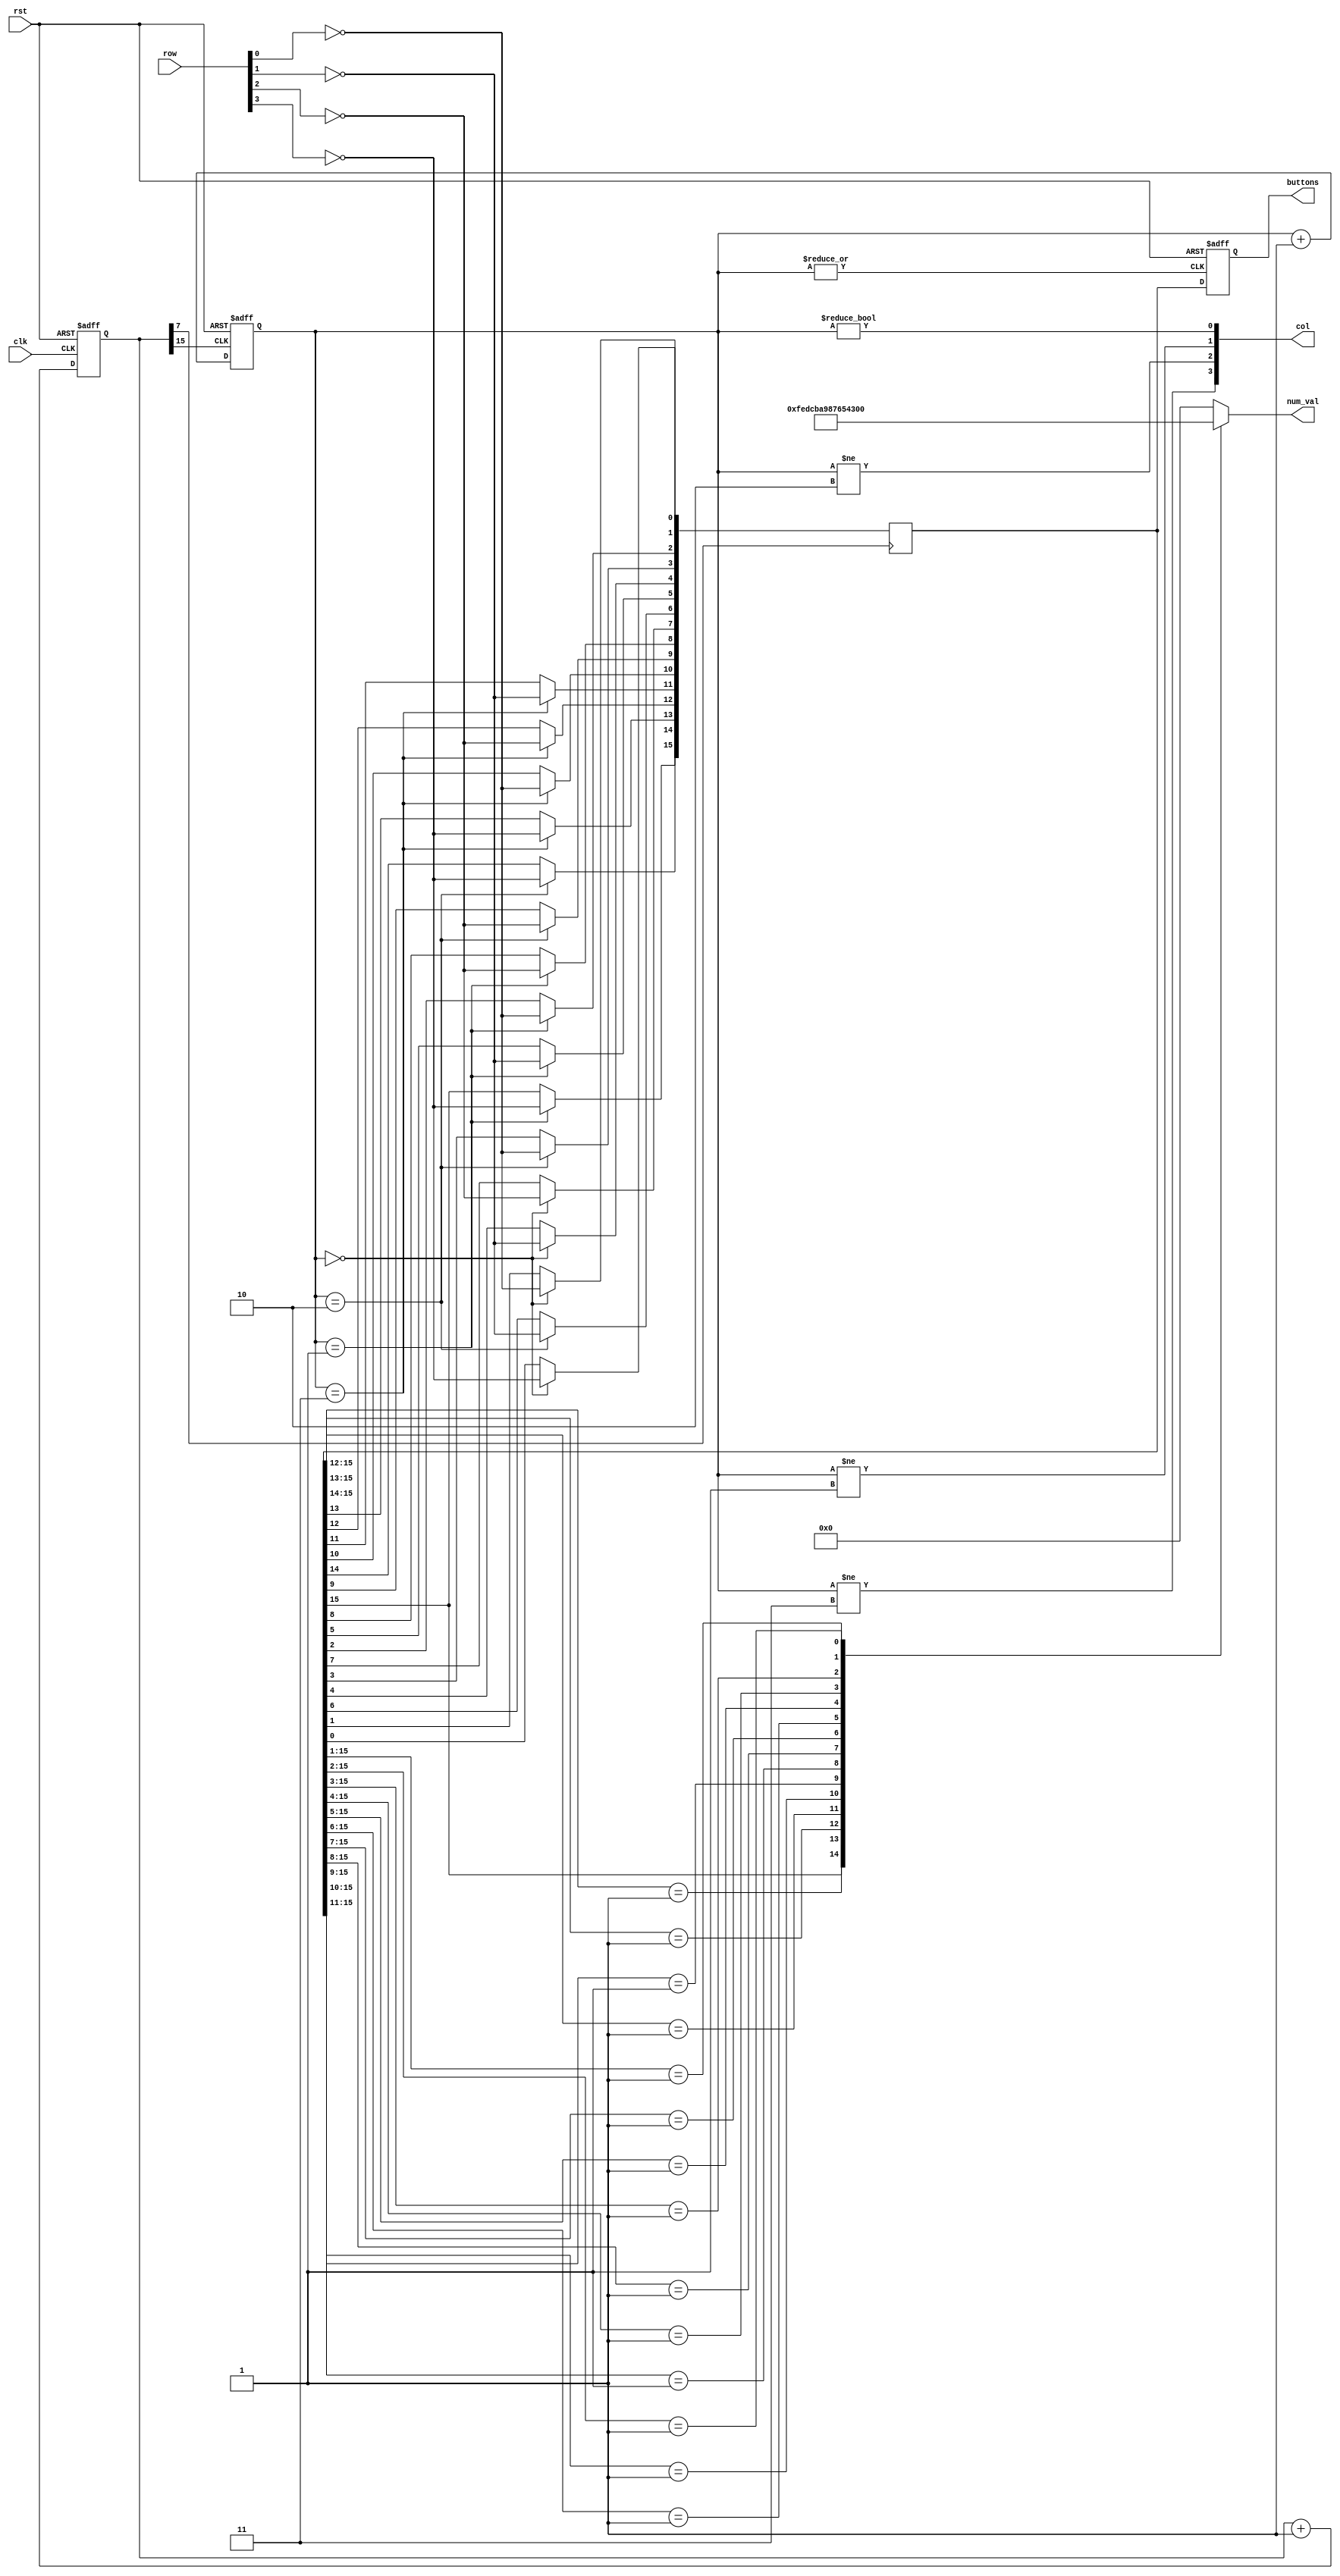
/* ------------------------------------------------ *
 * Title       : Pmod KYPD decoder                  *
 * Project     : Pmod KYPD                          *
 * ------------------------------------------------ *
 * Last Edit   : 03/02/2021                         *
 * Licence     : CERN-OHL-W                         *
 * ------------------------------------------------ *
 * Description : Decoder for Pmod KYPD              *
 * ------------------------------------------------ *
 * Revisions                                        *
 *     v1      : Inital version                     *
 *     v1.1    : Numaric output added, sample       *
 *               and state clocks added             *
 * ------------------------------------------------ */

 module kypd(
  input clk,
  input rst,
  input [3:0] row,
  output [3:0] col,
  output reg [15:0] buttons,
  output reg [3:0] num_val);
  
  reg [15:0] button_reg;
  reg [1:0] state;
  wire newCycle;
  wire clk_state,clk_sample;
  reg [15:0] counter;

  assign newCycle = ~|state;
  assign clk_state = counter[15];
  assign clk_sample = counter[7];

  always@* begin
    casex(button_reg)
      16'b1xxxxxxxxxxxxxxx: num_val = 4'hf;
      16'b01xxxxxxxxxxxxxx: num_val = 4'he;
      16'b001xxxxxxxxxxxxx: num_val = 4'hd;
      16'b0001xxxxxxxxxxxx: num_val = 4'hc;
      16'b00001xxxxxxxxxxx: num_val = 4'hb;
      16'b000001xxxxxxxxxx: num_val = 4'ha;
      16'b0000001xxxxxxxxx: num_val = 4'h9;
      16'b00000001xxxxxxxx: num_val = 4'h8;
      16'b000000001xxxxxxx: num_val = 4'h7;
      16'b0000000001xxxxxx: num_val = 4'h6;
      16'b00000000001xxxxx: num_val = 4'h5;
      16'b000000000001xxxx: num_val = 4'h4;
      16'b0000000000001xxx: num_val = 4'h3;
      16'b00000000000001xx: num_val = 4'h2;
      16'b000000000000001x: num_val = 4'h1;
      16'b0000000000000001: num_val = 4'h0;
      default: num_val = 4'h0;
    endcase
  end

  always@(posedge clk or posedge rst) begin
    if(rst) begin
      counter <= 16'd0;
    end else  begin
      counter <= counter + 16'd1;
    end
  end

  always@(posedge clk_state or posedge rst) begin
    if(rst) begin
      state <= 2'd0;
    end else  begin
      state <= state + 2'd1;
    end
  end
  

  always@(posedge clk_sample) begin
    case(state)
      2'b00: begin
        button_reg[1]  <= ~row[0]; //1
        button_reg[4]  <= ~row[1]; //4
        button_reg[7]  <= ~row[2]; //7
        button_reg[0]  <= ~row[3]; //0
      end
      2'b01: begin
        button_reg[2]  <= ~row[0]; //2
        button_reg[5]  <= ~row[1]; //5
        button_reg[8]  <= ~row[2]; //8
        button_reg[15] <= ~row[3]; //F
      end
      2'b10: begin
        button_reg[3]  <= ~row[0]; //3
        button_reg[6]  <= ~row[1]; //6
        button_reg[9]  <= ~row[2]; //9
        button_reg[14] <= ~row[3]; //E
      end
      2'b11: begin
        button_reg[10] <= ~row[0]; //A
        button_reg[11] <= ~row[1]; //B
        button_reg[12] <= ~row[2]; //C
        button_reg[13] <= ~row[3]; //D
      end
    endcase
  end
  

  always@(posedge newCycle or posedge rst) begin
    if(rst) begin
      buttons <= 16'd0;
    end  else  begin
      buttons <= button_reg;
    end
  end
  
  assign col[0] = (state != 2'b00);
  assign col[1] = (state != 2'b01);
  assign col[2] = (state != 2'b10);
  assign col[3] = (state != 2'b11);
endmodule